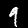
Label: 9